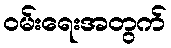
ဝမ်းရေးအတွက်